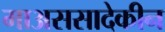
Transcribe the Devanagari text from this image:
माअससादेकीन